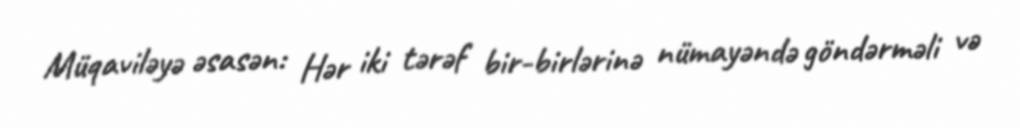
Müqaviləyə əsasən: Hər iki tərəf bir-birlərinə nümayəndə göndərməli və